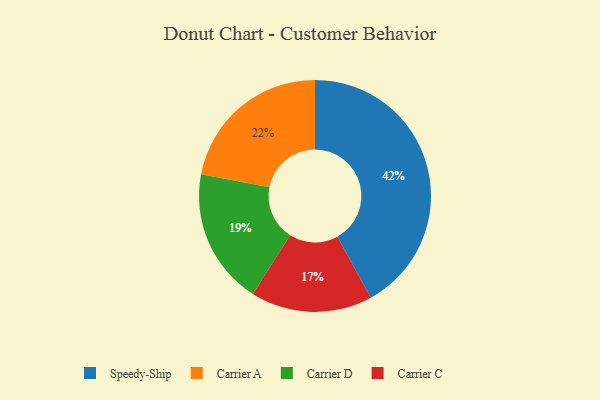
{"axis": {"x": "Category", "y": "Percentage"}, "legend": ["Carrier A", "Carrier C", "Carrier D", "Speedy-Ship"], "data": [{"x": "Carrier D", "y": 19, "type": "Carrier D"}, {"x": "Carrier A", "y": 22, "type": "Carrier A"}, {"x": "Speedy-Ship", "y": 42, "type": "Speedy-Ship"}, {"x": "Carrier C", "y": 17, "type": "Carrier C"}]}